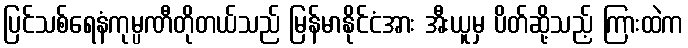
ပြင်သစ်ရေနံကုမ္ပဏီတိုတယ်သည် မြန်မာနိုင်ငံအား အီးယူမှ ပိတ်ဆို့သည့် ကြားထဲက